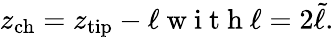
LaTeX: z_{\mathrm{ch}}=z_{\mathrm{tip}}-\ell\mathrm{~w~i~t~h~}\ell=2\tilde{\ell}.